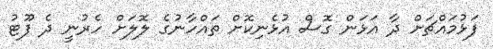
ފަޅުމައްޗަށް ދާ އަޅަން ގޮސް އުޅެނިކޮށް ތައްހާނުގެ ލޮލަށް ހެރުނީ ދެ ފޫޓު